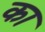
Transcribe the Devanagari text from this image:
का